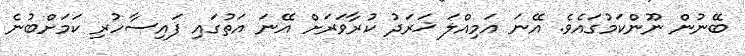
ބޭނުން ނޫންކަމުގައެވެ. އޭނަ އަމިއްލަ ޚަރަދު ކުރާވަރަށް އޭނަ އަތުގައި ފައިސާހުރި ކަމަށްބުނެ